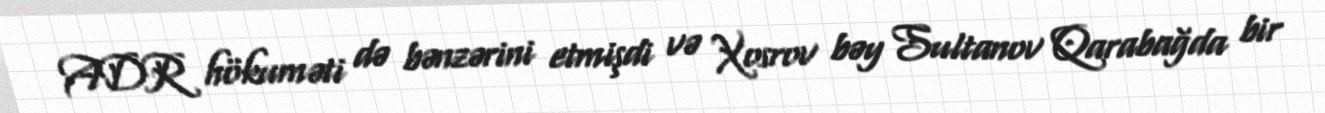
ADR hökuməti də bənzərini etmişdi və Xosrov bəy Sultanov Qarabağda bir